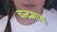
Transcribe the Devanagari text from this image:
चन्द्रमाश्च